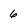
Character: 6